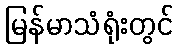
မြန်မာသံရုံးတွင်